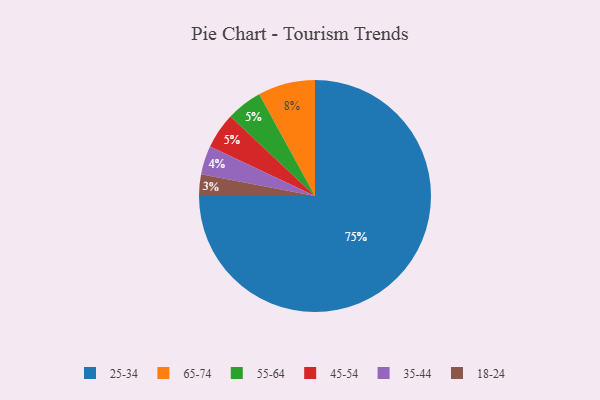
{"axis": {"x": "Category", "y": "Percentage"}, "legend": ["18-24", "25-34", "35-44", "45-54", "55-64", "65-74"], "data": [{"x": "18-24", "y": 3, "type": "18-24"}, {"x": "65-74", "y": 8, "type": "65-74"}, {"x": "55-64", "y": 5, "type": "55-64"}, {"x": "45-54", "y": 5, "type": "45-54"}, {"x": "35-44", "y": 4, "type": "35-44"}, {"x": "25-34", "y": 75, "type": "25-34"}]}